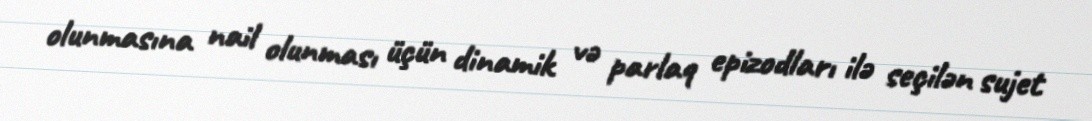
olunmasına nail olunması üçün dinamik və parlaq epizodları ilə seçilən sujet